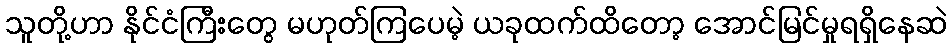
သူတို့ဟာ နိုင်ငံကြီးတွေ မဟုတ်ကြပေမဲ့ ယခုထက်ထိတော့ အောင်မြင်မှုရရှိနေဆဲ